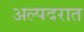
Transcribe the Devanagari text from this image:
अल्पदरात